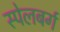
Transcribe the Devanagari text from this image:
स्पेलबर्ग